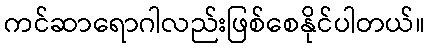
ကင်ဆာရောဂါလည်းဖြစ်စေနိုင်ပါတယ်။